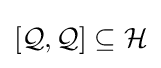
[{\mathcal {Q}},{\mathcal {Q}}]\subseteq {\mathcal {H}}